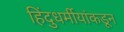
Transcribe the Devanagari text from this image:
हिंदुधर्मीयांकडून